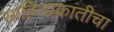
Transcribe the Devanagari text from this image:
साहित्यक्रांतीचा